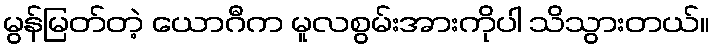
မွန်မြတ်တဲ့ ယောဂီက မူလစွမ်းအားကိုပါ သိသွားတယ်။